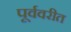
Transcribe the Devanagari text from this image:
पूर्ववरीत